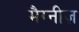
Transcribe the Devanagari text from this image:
मैग्नीज़